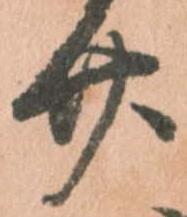
廿